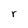
Character: r